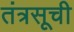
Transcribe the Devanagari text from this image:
तंत्रसूची